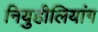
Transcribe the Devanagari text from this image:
नियुहीलियांग